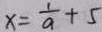
x = \frac { 1 } { a } + 5